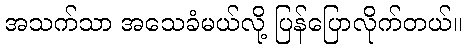
အသက်သာ အသေခံမယ်လို့ ပြန်ပြောလိုက်တယ်။